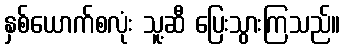
နှစ်ယောက်စလုံး သူ့ဆီ ပြေးသွားကြသည်။